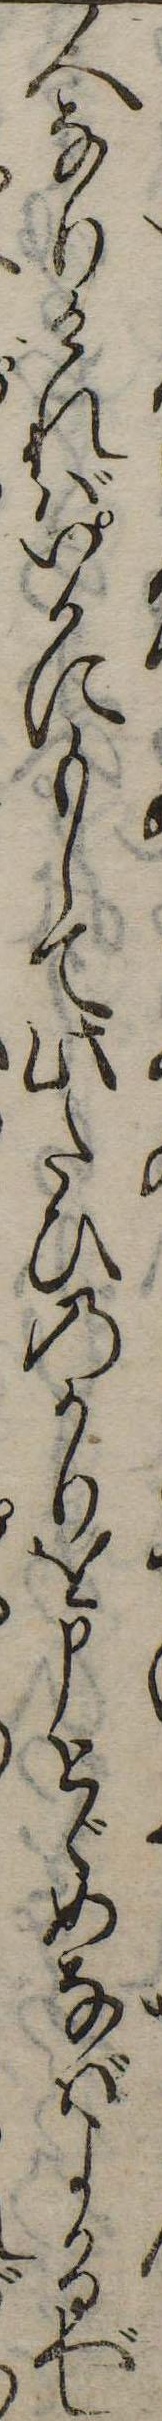
人なりければいかにもして此たひのかりを申とゞめなばよかるべし